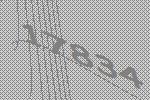
17834